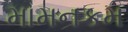
મામનકમ